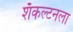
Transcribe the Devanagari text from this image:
शॅकल्टनला